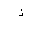
Letter: _thal